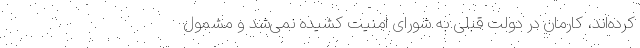
کرده‌اند، کارمان در دولت قبلی به شورای امنیت کشیده نمی‌شد و مشمول